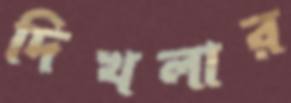
দিখলার